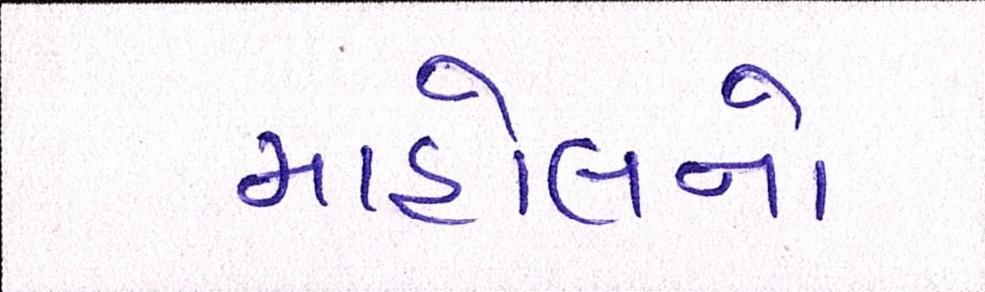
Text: માહોલનો